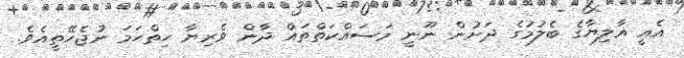
އެއީ އާލިޔާގެ ބެލުމުގެ ދަށުން ނޫނީ މަސައްކަތްތައް ދާން ވެރިޔާ ހިތްހަމަ ނުޖެހޭތީއެވެ.